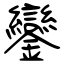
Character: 鑾